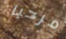
مرحبا